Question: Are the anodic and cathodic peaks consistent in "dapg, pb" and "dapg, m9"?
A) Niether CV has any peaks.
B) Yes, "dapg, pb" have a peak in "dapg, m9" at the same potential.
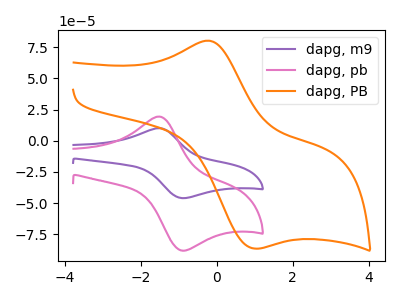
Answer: <think>The purple curve "dapg, m9" has an anodic peak at (-1.55V, 10.15uA) and a cathodic peak at (-0.95V, -45.90uA). The pink curve "dapg, pb" has an anodic peak at (-1.55V, 19.45uA) and a cathodic peak at (-0.95V, -87.90uA). The orange curve "dapg, PB" has an anodic peak at (-0.25V, 80.30uA) and a cathodic peak at (1.00V, -86.35uA).</think>
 <answer>B) Yes, "dapg, pb" have a peak in "dapg, m9" at the same potential.</answer>
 <eval>B</eval>